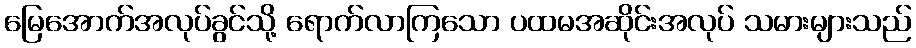
မြေအောက်အလုပ်ခွင်သို့ ရောက်လာကြသော ပထမအဆိုင်းအလုပ် သမားများသည်